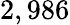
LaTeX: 2,986